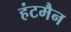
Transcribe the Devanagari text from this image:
हंटमैन